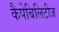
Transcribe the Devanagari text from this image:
कैपेबिलिटीज